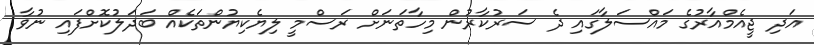
އަދި ޖީއެމްއާރުގެ މައްސަލާގައި ދެ ސަރުކާރުން މިހާތަނަށް ރަސްމީ ލިޔެކިޔުންތަކެއް ބަދަލުކޮށްފައި ނުވާ